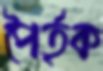
পৈর্তৃক